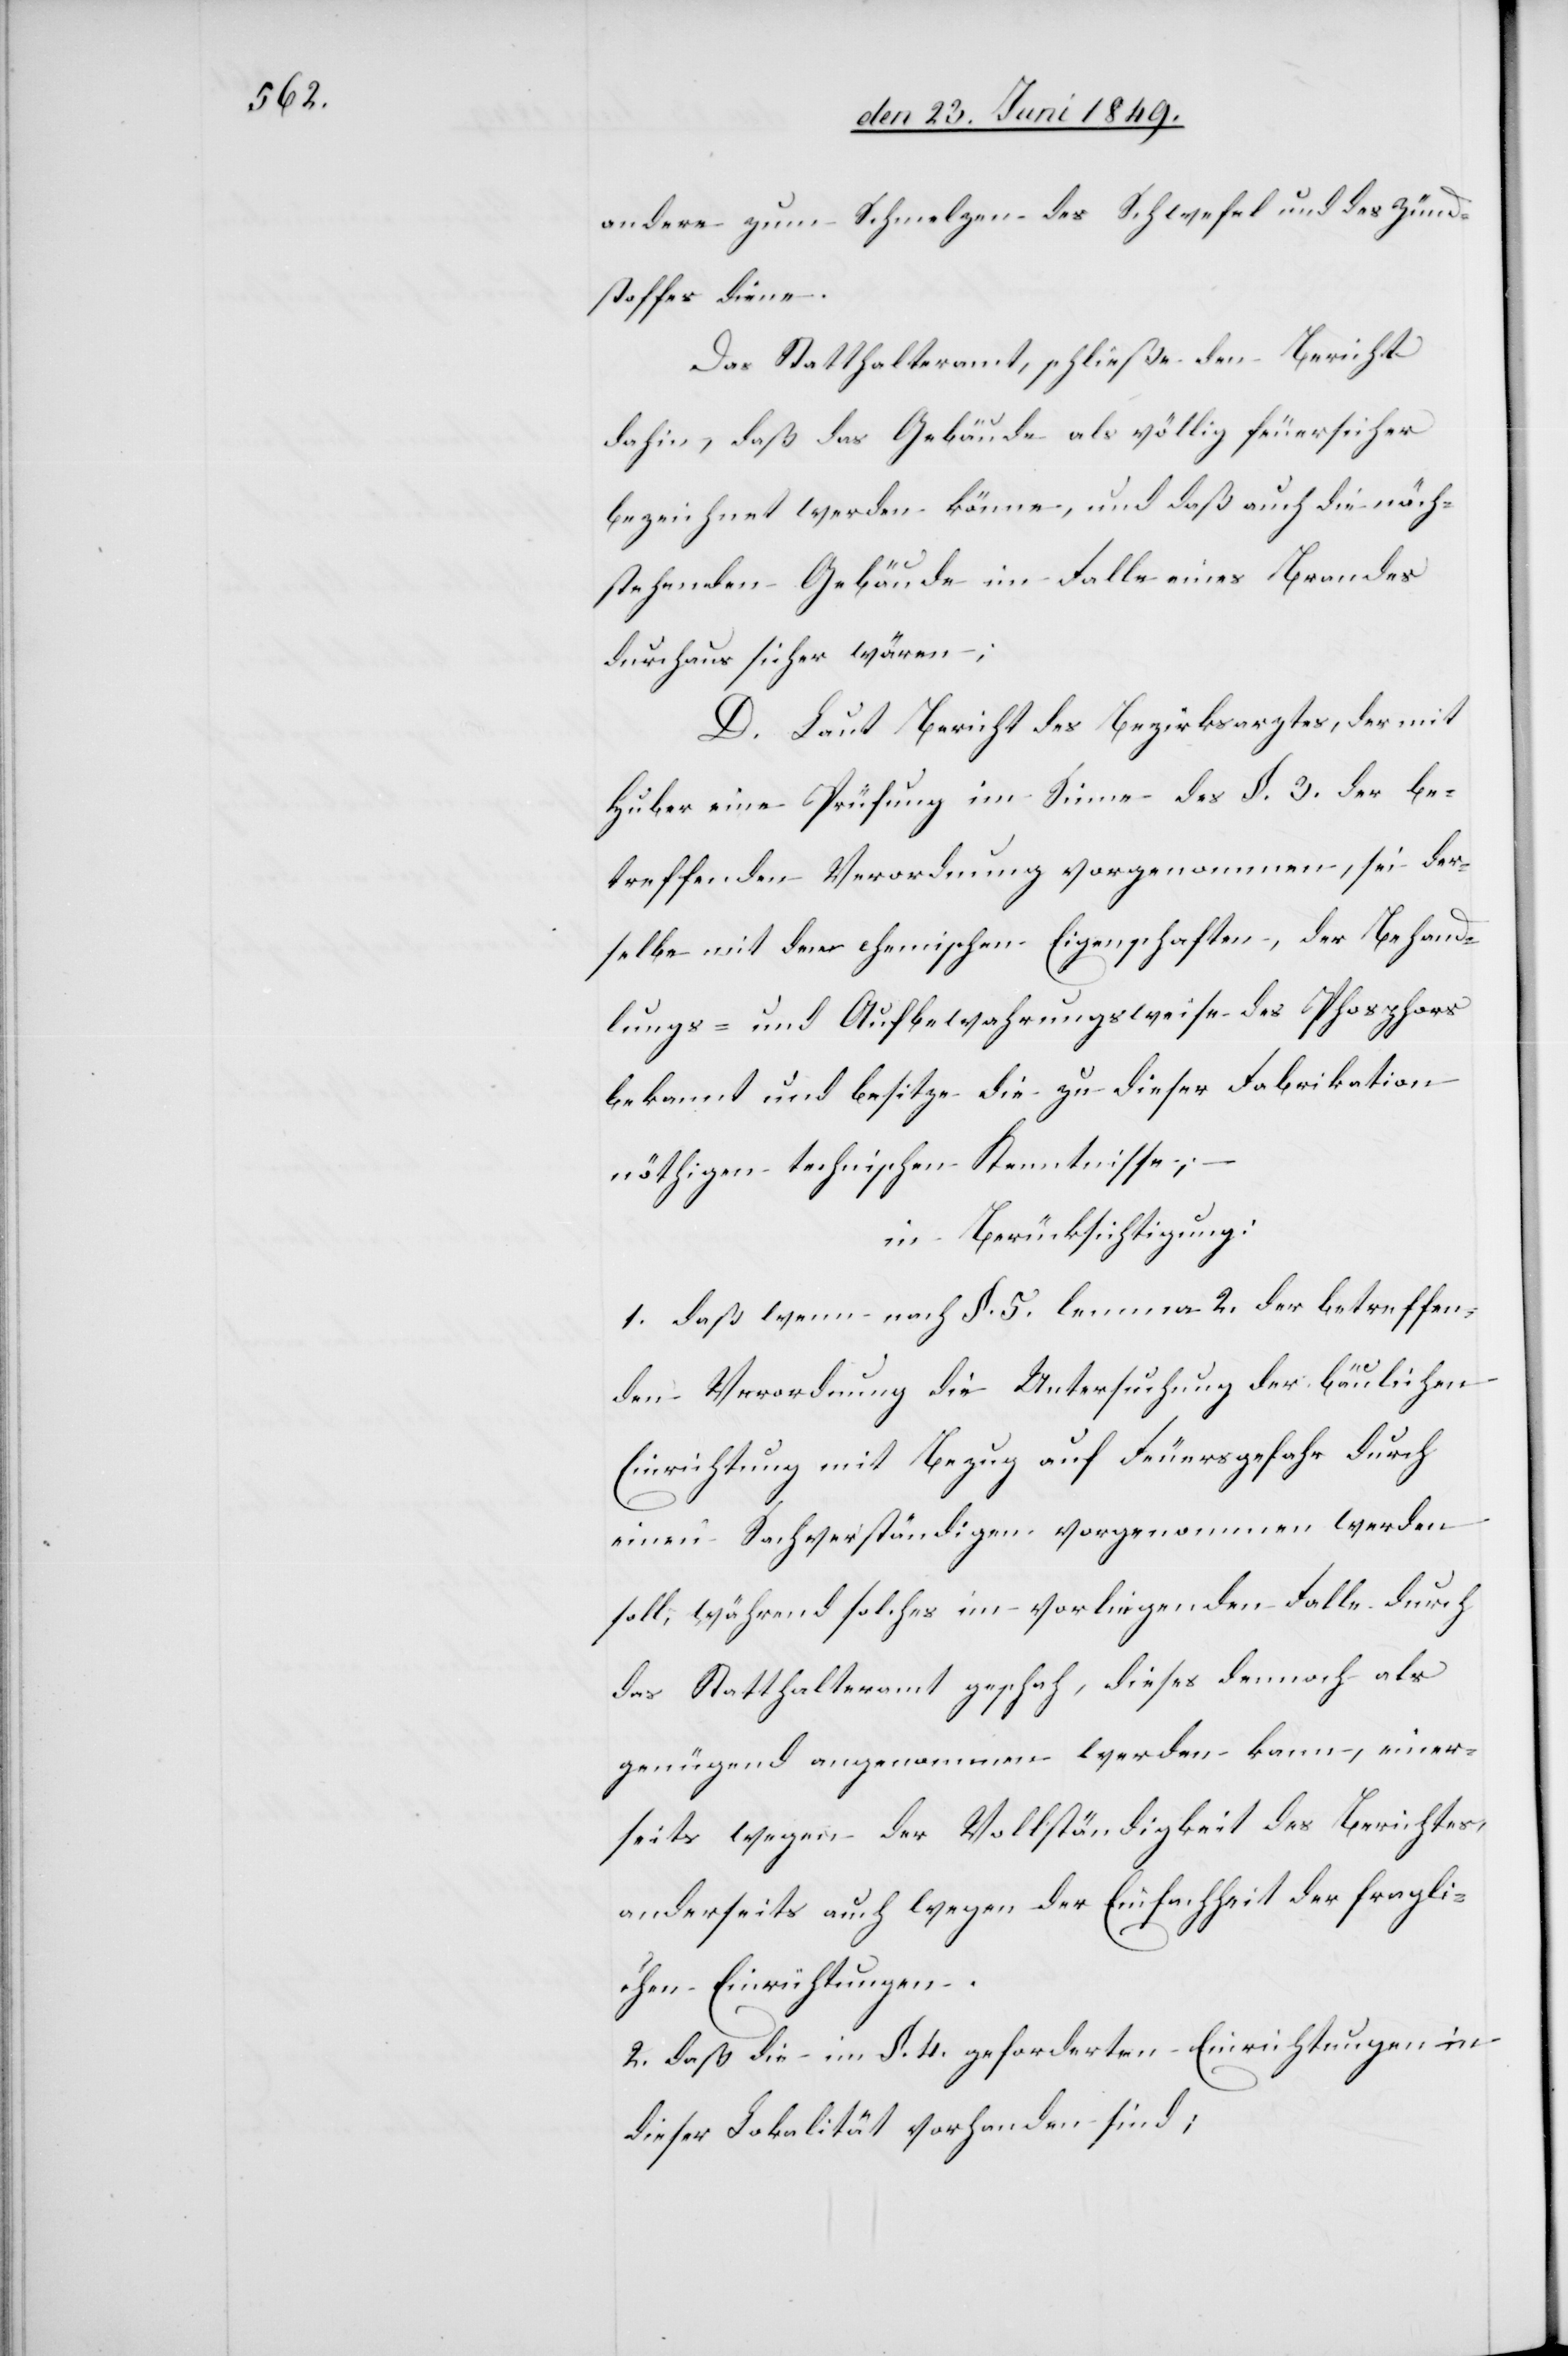
andere zum Schmelzen des Schwefel und des Zünd¬
stoffes diene.
Das Statthalteramt, schließe den Bericht
dahin, daß das Gebäude als völlig feuersicher
bezeichnet werden könne, und daß auch die näch¬
stehenden Gebäude im Falle eines Brandes
durchaus sicher wären;
D. Laut Bericht des Bezirksarztes, der mit
Huber eine Prüfung im Sinne des §. 3. der be¬
treffenden Verordnung vorgenommen, sei der¬
selbe mit den chemischen Eigenschaften, der Behand¬
lungs- und Aufbewahrungsweise des Phosphors
bekannt und besitze die zu dieser Fabrikation
nöthigen technischen Kenntnisse;
in Berücksichtigung:
1. daß wenn nach §. 5. lemma 2. der betreffen¬
den Verordnung die Untersuchung der bäulichen
Einrichtung mit Bezug auf Feuersgefahr durch
einen Sachverständigen vorgenommen werden
soll, während solches im vorliegenden Falle durch
das Statthalteramt geschah, dieses dennoch als
genügend angenommen werden kann, einer¬
seits wegen der Vollständigkeit des Berichtes,
anderseits auch wegen der Einfachheit der fragli¬
chen Einrichtungen.
2. daß die im §. 4. geforderten Einrichtungen in
dieser Lokalität vorhanden sind;